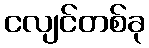
ငလျင်တစ်ခု